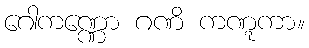
ဂေါကဏ္ဏော ဂဏိ ကဏ္ဋကာ။